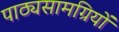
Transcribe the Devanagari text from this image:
पाठ्यसामग्रियों